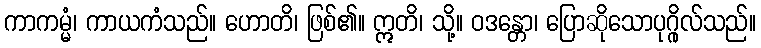
ကာကမ္မံ၊ ကာယကံသည်။ ဟောတိ၊ ဖြစ်၏။ ဣတိ၊ သို့။ ဝဒန္တော၊ ပြောဆိုသောပုဂ္ဂိုလ်သည်။